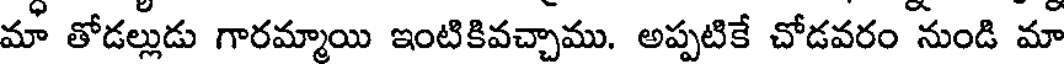
మా తోడల్లుడు గారమ్మాయి ఇంటికివచ్చాము. అప్పటికే చోడవరం నుండి మా